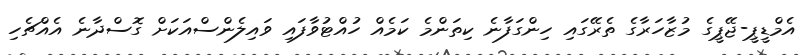
އެމްޑީޕީ-ޖޭޕީގެ މުޒާހަރާގެ ތެރޭގައި ހިންގަފާނެ ކިތަންމެ ކަމެއް ހުއްޓުވާފައި ވައިލެންސްއަަކަށް ގޮސްދާނެ އެއްޗެހި